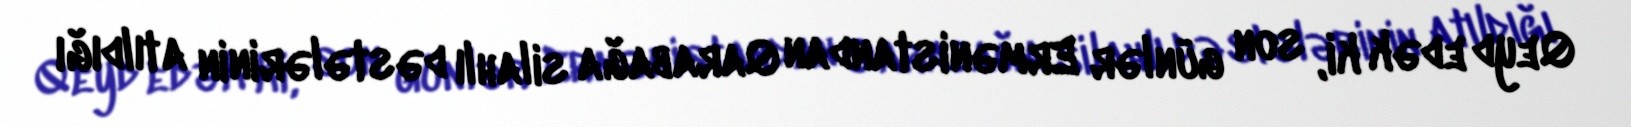
Qeyd edək ki, son günlər Ermənistandan Qarabağa silahlı dəstələrinin atıldığı